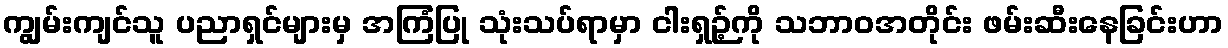
ကျွမ်းကျင်သူ ပညာရှင်များမှ အကြံပြု သုံးသပ်ရာမှာ ငါးရှဉ့်ကို သဘာဝအတိုင်း ဖမ်းဆီးနေခြင်းဟာ